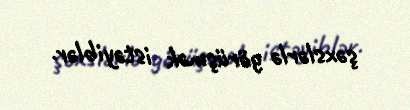
şəxslərlə görüşmək istəyiblər.